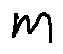
m